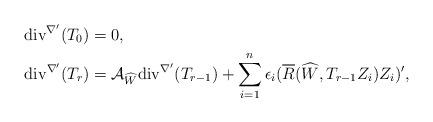
LaTeX: \begin{align*} \mathrm{div}^{\nabla'}(T_{0})&=0,\\ \mathrm{div}^{\nabla'}(T_{r})& =\mathcal{A}_{\widehat{W}}\mathrm{div}^{\nabla'}(T_{r-1}) + \sum_{i=1}^{n}\epsilon_{i}(\overline{R}(\widehat {W},T_{r-1}Z_{i})Z_{i})', \end{align*}